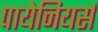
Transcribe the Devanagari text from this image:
पायेनियर्स